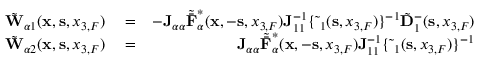
\begin{array} { r l r } { \tilde { \bf W } _ { \alpha 1 } ( { { \bf x } } , { { \bf s } } , { x _ { 3 , F } } ) } & { { } = } & { - { \bf J } _ { \alpha \alpha } { \tilde { \bar { \bf F } } } _ { \alpha } ^ { * } ( { { \bf x } } , - { { \bf s } } , { x _ { 3 , F } } ) { \bf J } _ { 1 1 } ^ { - 1 } \{ \tilde { \bf \Delta } _ { 1 } ( { \bf s } , x _ { 3 , F } ) \} ^ { - 1 } \tilde { \bf D } _ { 1 } ^ { - } ( { \bf s } , x _ { 3 , F } ) } \\ { \tilde { \bf W } _ { \alpha 2 } ( { { \bf x } } , { { \bf s } } , { x _ { 3 , F } } ) } & { { } = } & { { \bf J } _ { \alpha \alpha } { \tilde { \bar { \bf F } } } _ { \alpha } ^ { * } ( { { \bf x } } , - { { \bf s } } , { x _ { 3 , F } } ) { \bf J } _ { 1 1 } ^ { - 1 } \{ \tilde { \bf \Delta } _ { 1 } ( { \bf s } , x _ { 3 , F } ) \} ^ { - 1 } } \end{array}